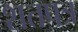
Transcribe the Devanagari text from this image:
शतपत्र